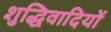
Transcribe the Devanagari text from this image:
शुद्धिवादियों